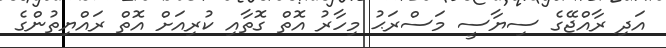
އަދި ރާއްޖޭގެ ސިޔާސީ މަސްރަޙު މިހާރު އޮތް ގޮތާއި ކުރިއަށް އޮތް ރައްޔިތުންގެ